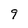
Character: 9